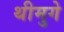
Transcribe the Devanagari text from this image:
थीमुगे